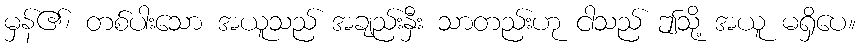
မှန်၏၊ တစ်ပါးသော အယူသည် အချည်းနှီး သာတည်းဟု ငါသည် ဤသို့ အယူ မရှိပေ။